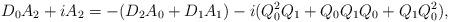
LaTeX: \begin{align*}D_{0}A_{2}+iA_{2}=-(D_{2}A_{0}+D_{1}A_{1})-i(Q_{0}^{2}Q_{1}+Q_{0}Q_{1}Q_{0}+Q_{1}Q_{0}^{2}),\end{align*}